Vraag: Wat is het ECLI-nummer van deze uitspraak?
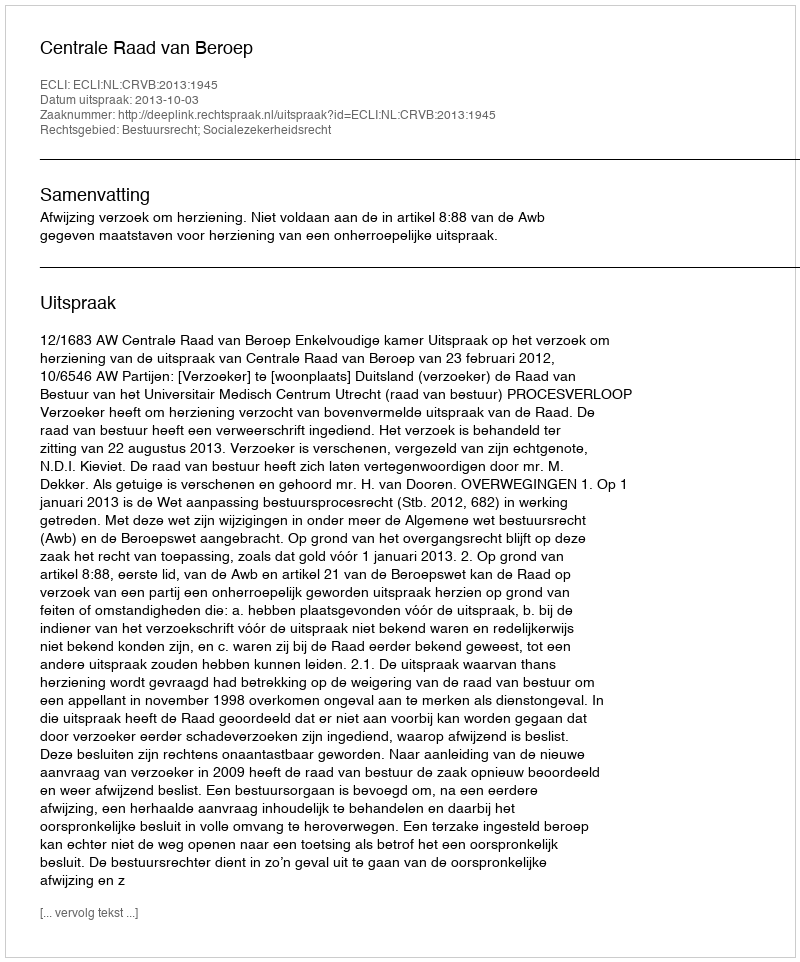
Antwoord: ECLI:NL:CRVB:2013:1945